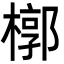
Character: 槨